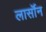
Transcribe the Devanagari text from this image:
लार्सॉन